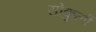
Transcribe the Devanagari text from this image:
सोकुर्ली